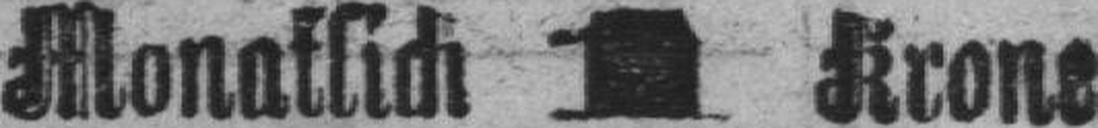
Monatlich 1 Krone